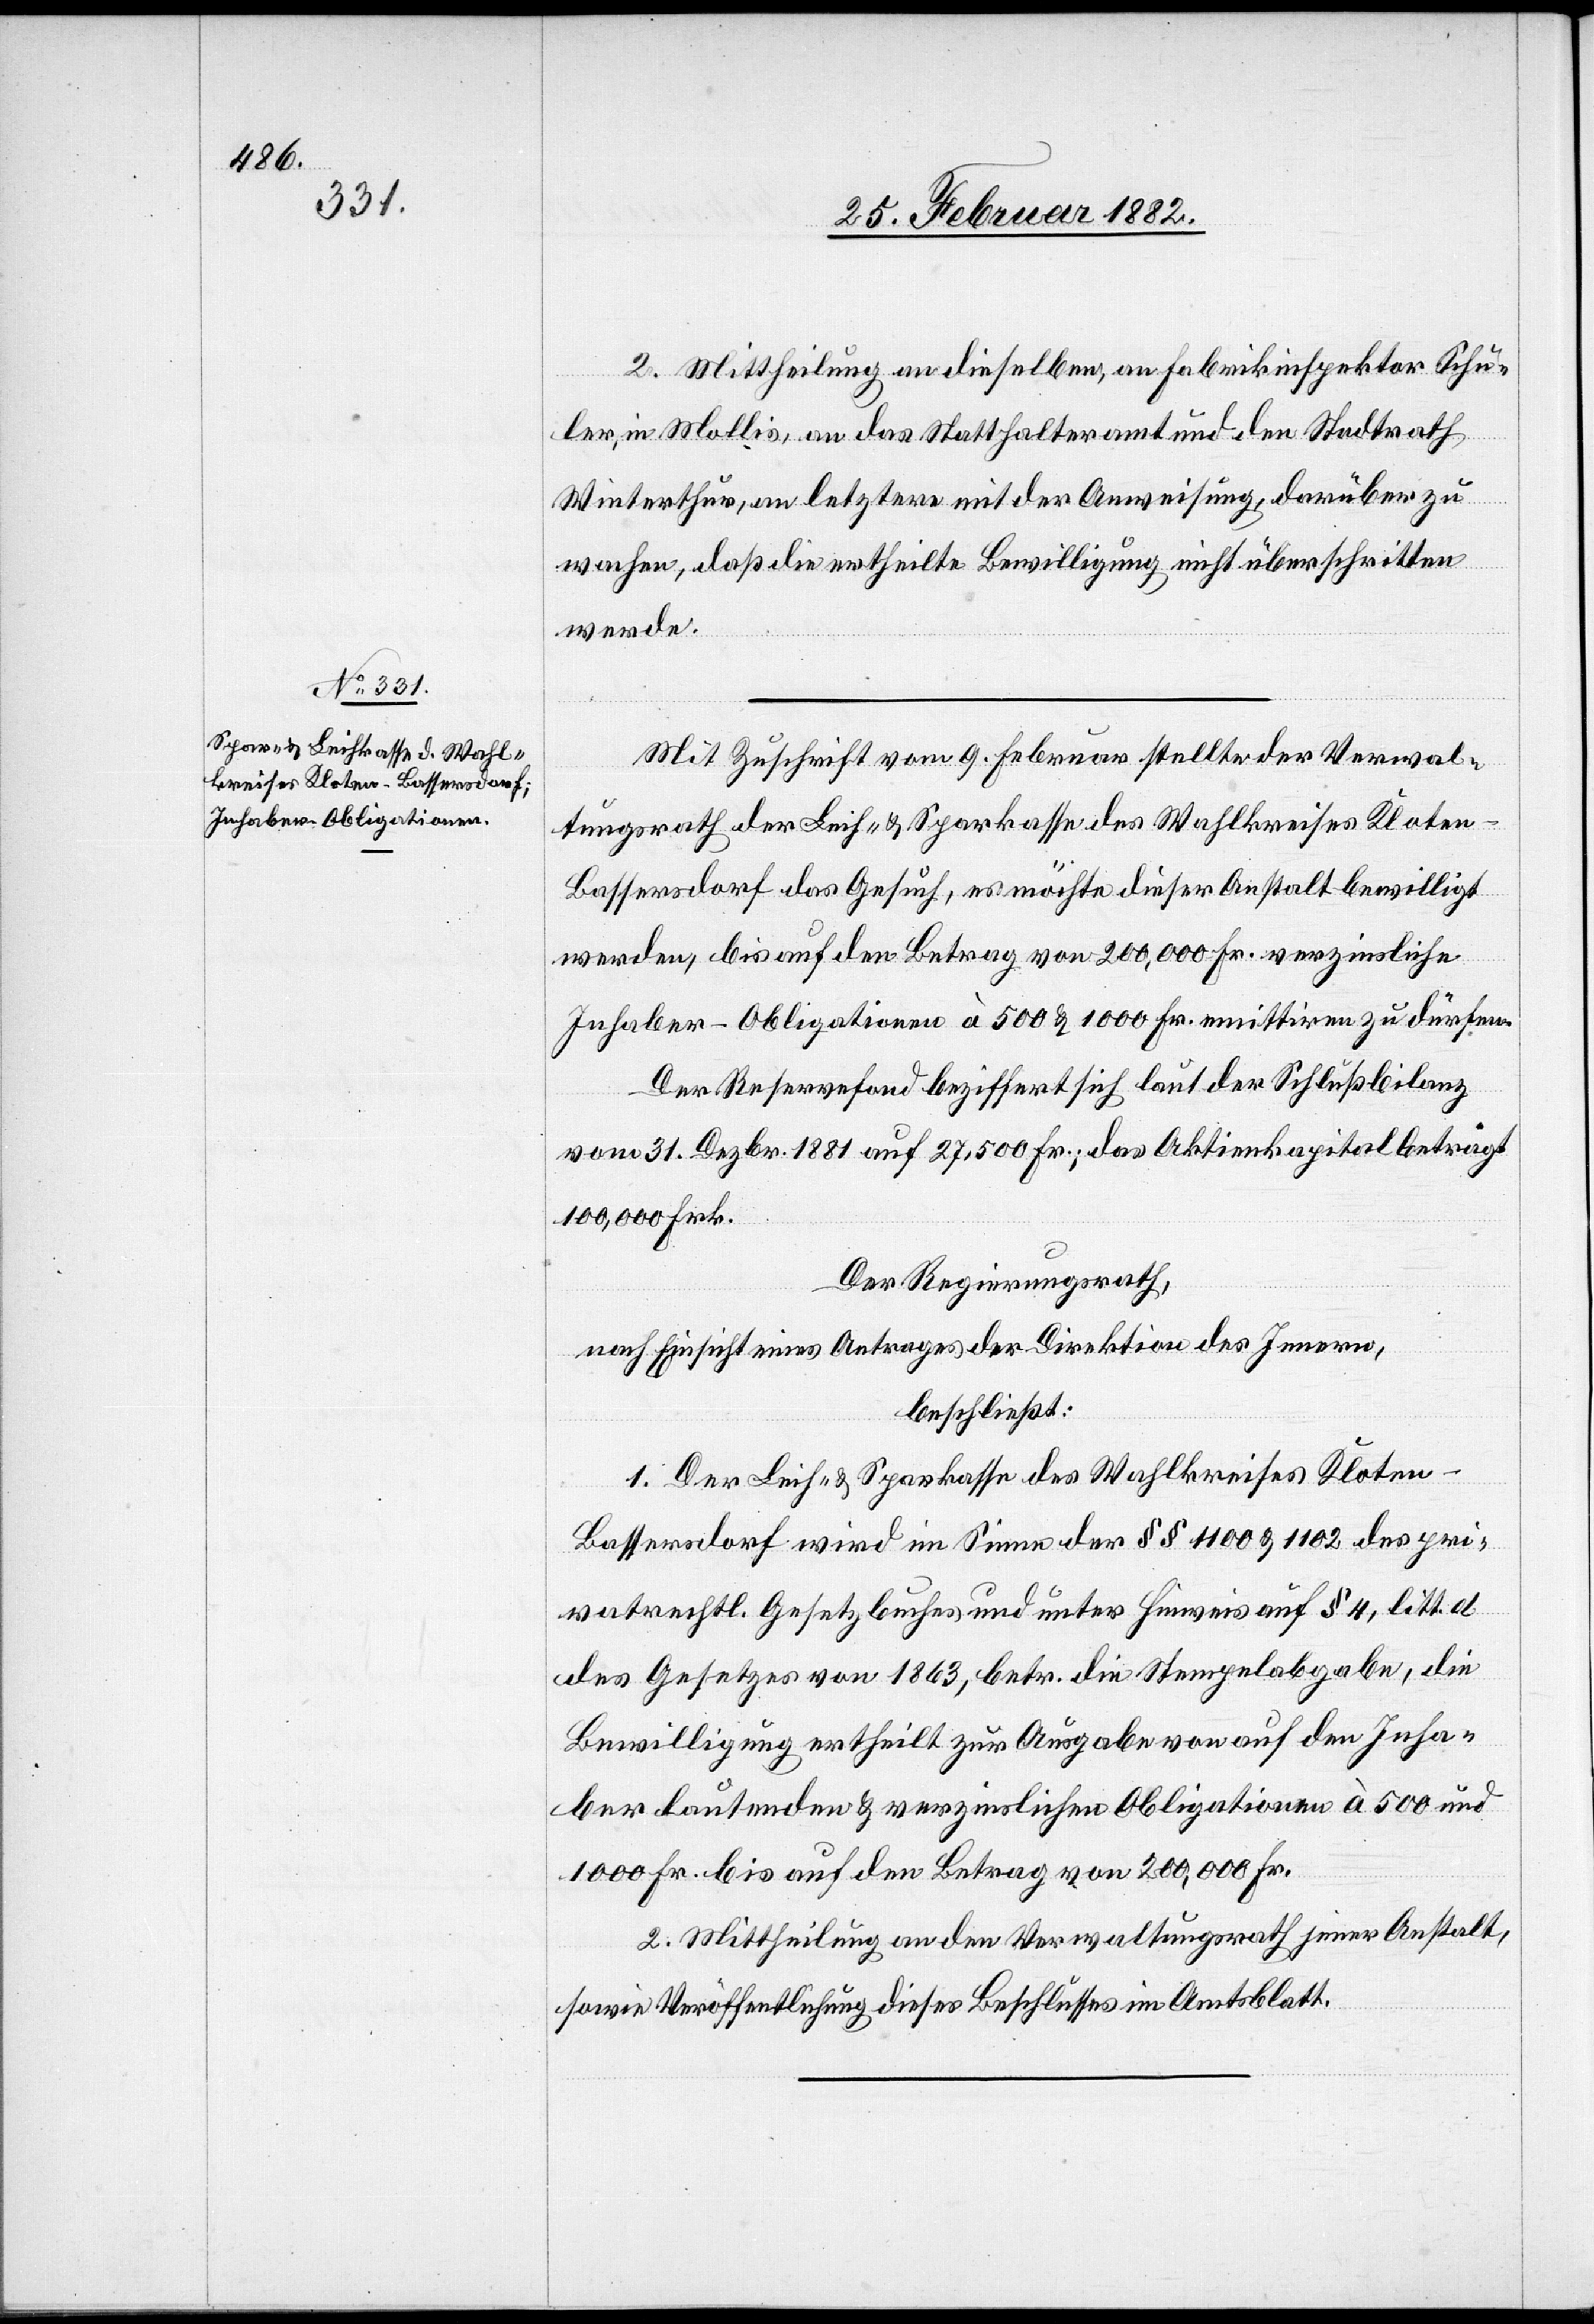
2. Mittheilung an dieselben, an Fabrikinspektor Schu¬
ler, in Mollis, an das Statthalteramt und den Stadtrath
Winterthur, an letztern mit der Anweisung, darüber zu
wachen, daß die ertheilte Bewilligung nicht überschritten
werde.
Mit Zuschrift vom 9. Februar stellte der Verwal¬
tungsrath der Leih- & Sparkasse des Wahlkreises Kloten
Bassersdorf das Gesuch, es möchte dieser Anstalt bewilligt
werden, bis auf den Betrag von 200,000 Fr. verzinsliche
Inhaber-Obligationen à 500 & 1000 Fr. emittiren zu dürfen.
Der Reservefond beziffert sich laut der Schlußbilanz
vom 31. Dezbr. 1881 auf 27,500 Fr.; das Aktienkapital beträgt
100,000 Frk.
Der Regierungsrath,
nach Einsicht eines Antrages der Direktion des Innern,
beschließt:
1. Der Leih- & Sparkasse des Wahlkreises Kloten
Bassersdorf wird im Sinne der § § 1100 & 1102 des pri¬
vatrechtl. Gesetz behufs und unter Hinweis auf § 4, litt. d.
des Gesetzes von 1863, betr. die Stempelabgabe die
Bewilligung ertheilt zur Ausgabe von auf den Inha¬
ber lautenden & verzinslichen Obligationen à 500 und
1000 Fr. bis auf den Betrag von 200,000 Fr.
2. Mittheilung an den Verwaltungsrath jener Anstalt
sowie Veröffentlichung dieses Beschlusses im Amtsblatt.